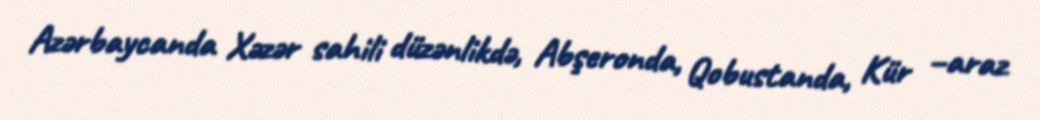
Azərbaycanda Xəzər sahili düzənlikdə, Abşeronda, Qobustanda, Kür –araz